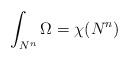
LaTeX: \begin{align*}\int_{N^n} \Omega=\chi(N^n)\end{align*}